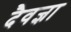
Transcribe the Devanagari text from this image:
दैवज्ञा